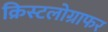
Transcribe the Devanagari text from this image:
क्रिस्टलोग्राफर